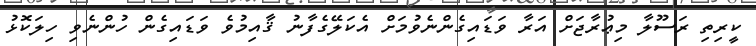
ކީރިތި ރަސޫލާ މިޢުރާޖަށް އަރާ ވަޑައިގެންނެވުމަށް އެކަލޭގެފާނު ޤާއިމުވެ ވަޑައިގެން ހުންނެވި ހިލަކޮޅު